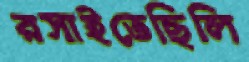
রসাইতেছিলি